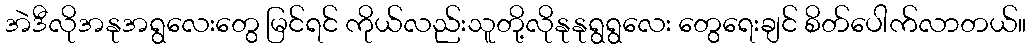
အဲဒီလိုအနုအရွလေးတွေ မြင်ရင် ကိုယ်လည်းသူတို့လိုနုနုရွရွလေး တွေရေးချင် စိတ်ပေါက်လာတယ်။